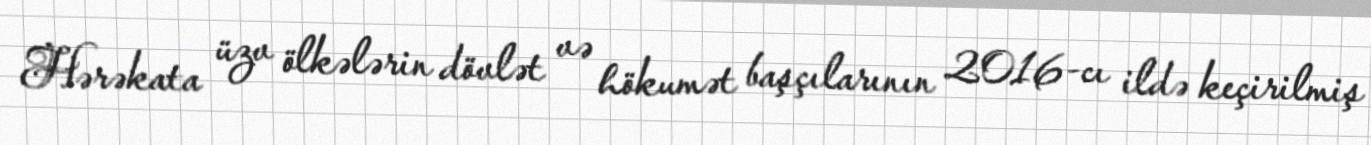
Hərəkata üzv ölkələrin dövlət və hökumət başçılarının 2016-cı ildə keçirilmiş